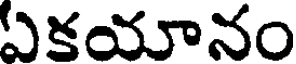
ఏకయానం